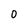
Character: 0